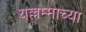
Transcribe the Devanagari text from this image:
यल्लम्माच्या